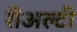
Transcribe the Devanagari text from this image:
रीअल्टी